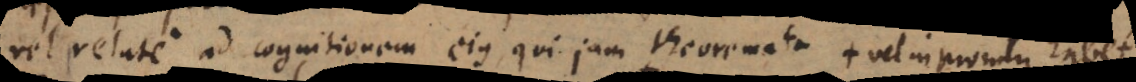
vel relate ad cognitionem ejus, qui jam theoremata ad quaestionem solven